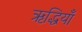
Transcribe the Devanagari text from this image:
ऋद्धियाँ